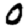
Digit: 0